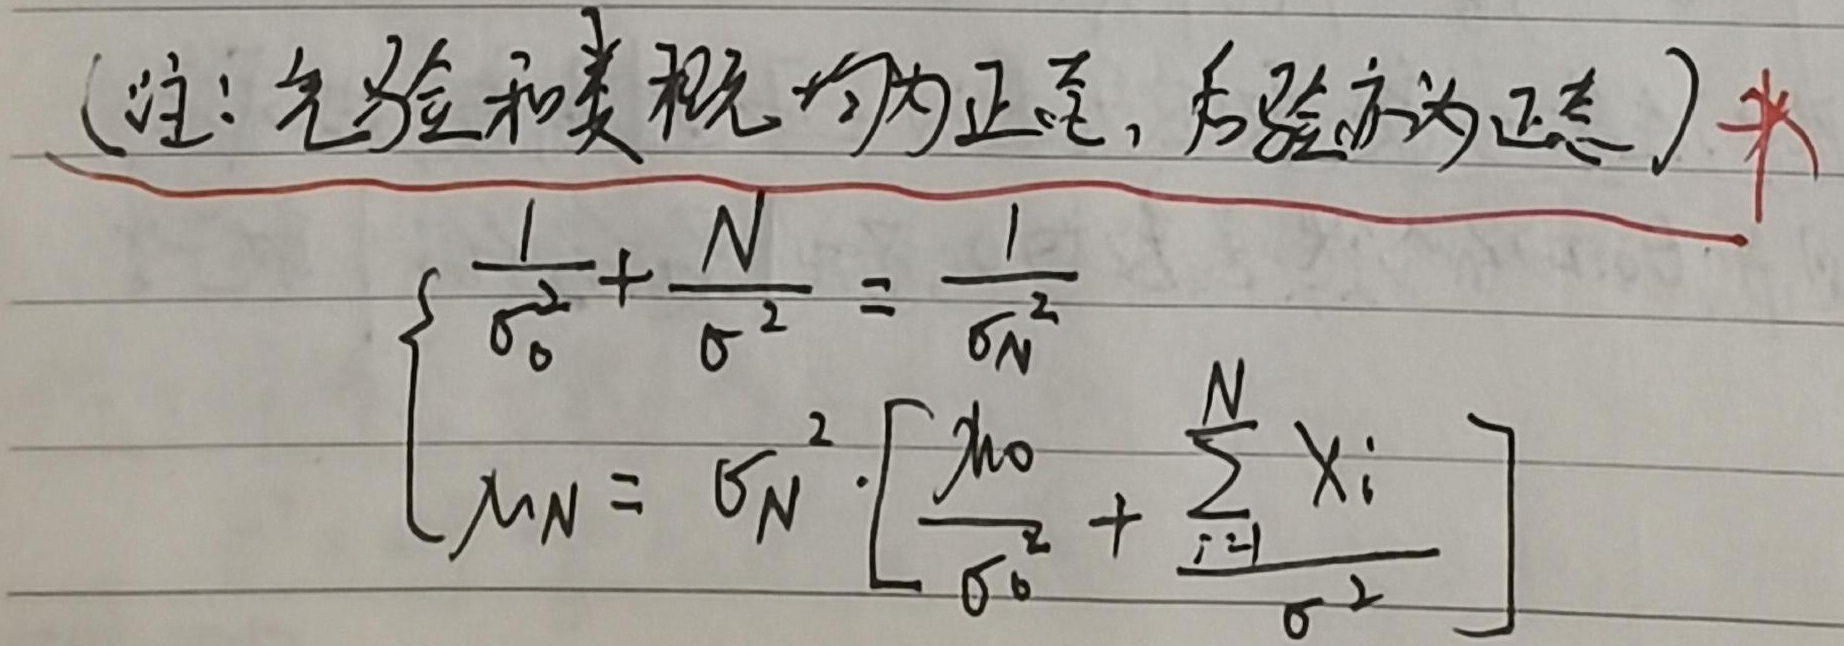
(注：先验和类概均为正态，后验亦为正态)
\[
\begin{cases}
\frac{1}{\sigma_{0}^{2}}+\frac{N}{\sigma^{2}}=\frac{1}{\sigma_{N}^{2}}\\
\mu_{N}=\sigma_{N}^{2}\cdot\left[\frac{\mu_{0}}{\sigma_{0}^{2}}+\frac{\sum_{i = 1}^{N}x_{i}}{\sigma^{2}}\right]
\end{cases}
\]